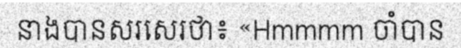
នាងបានសរសេរថា៖ «Hmmmm ចាំបាន